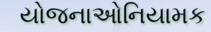
યોજનાઓનિયામક